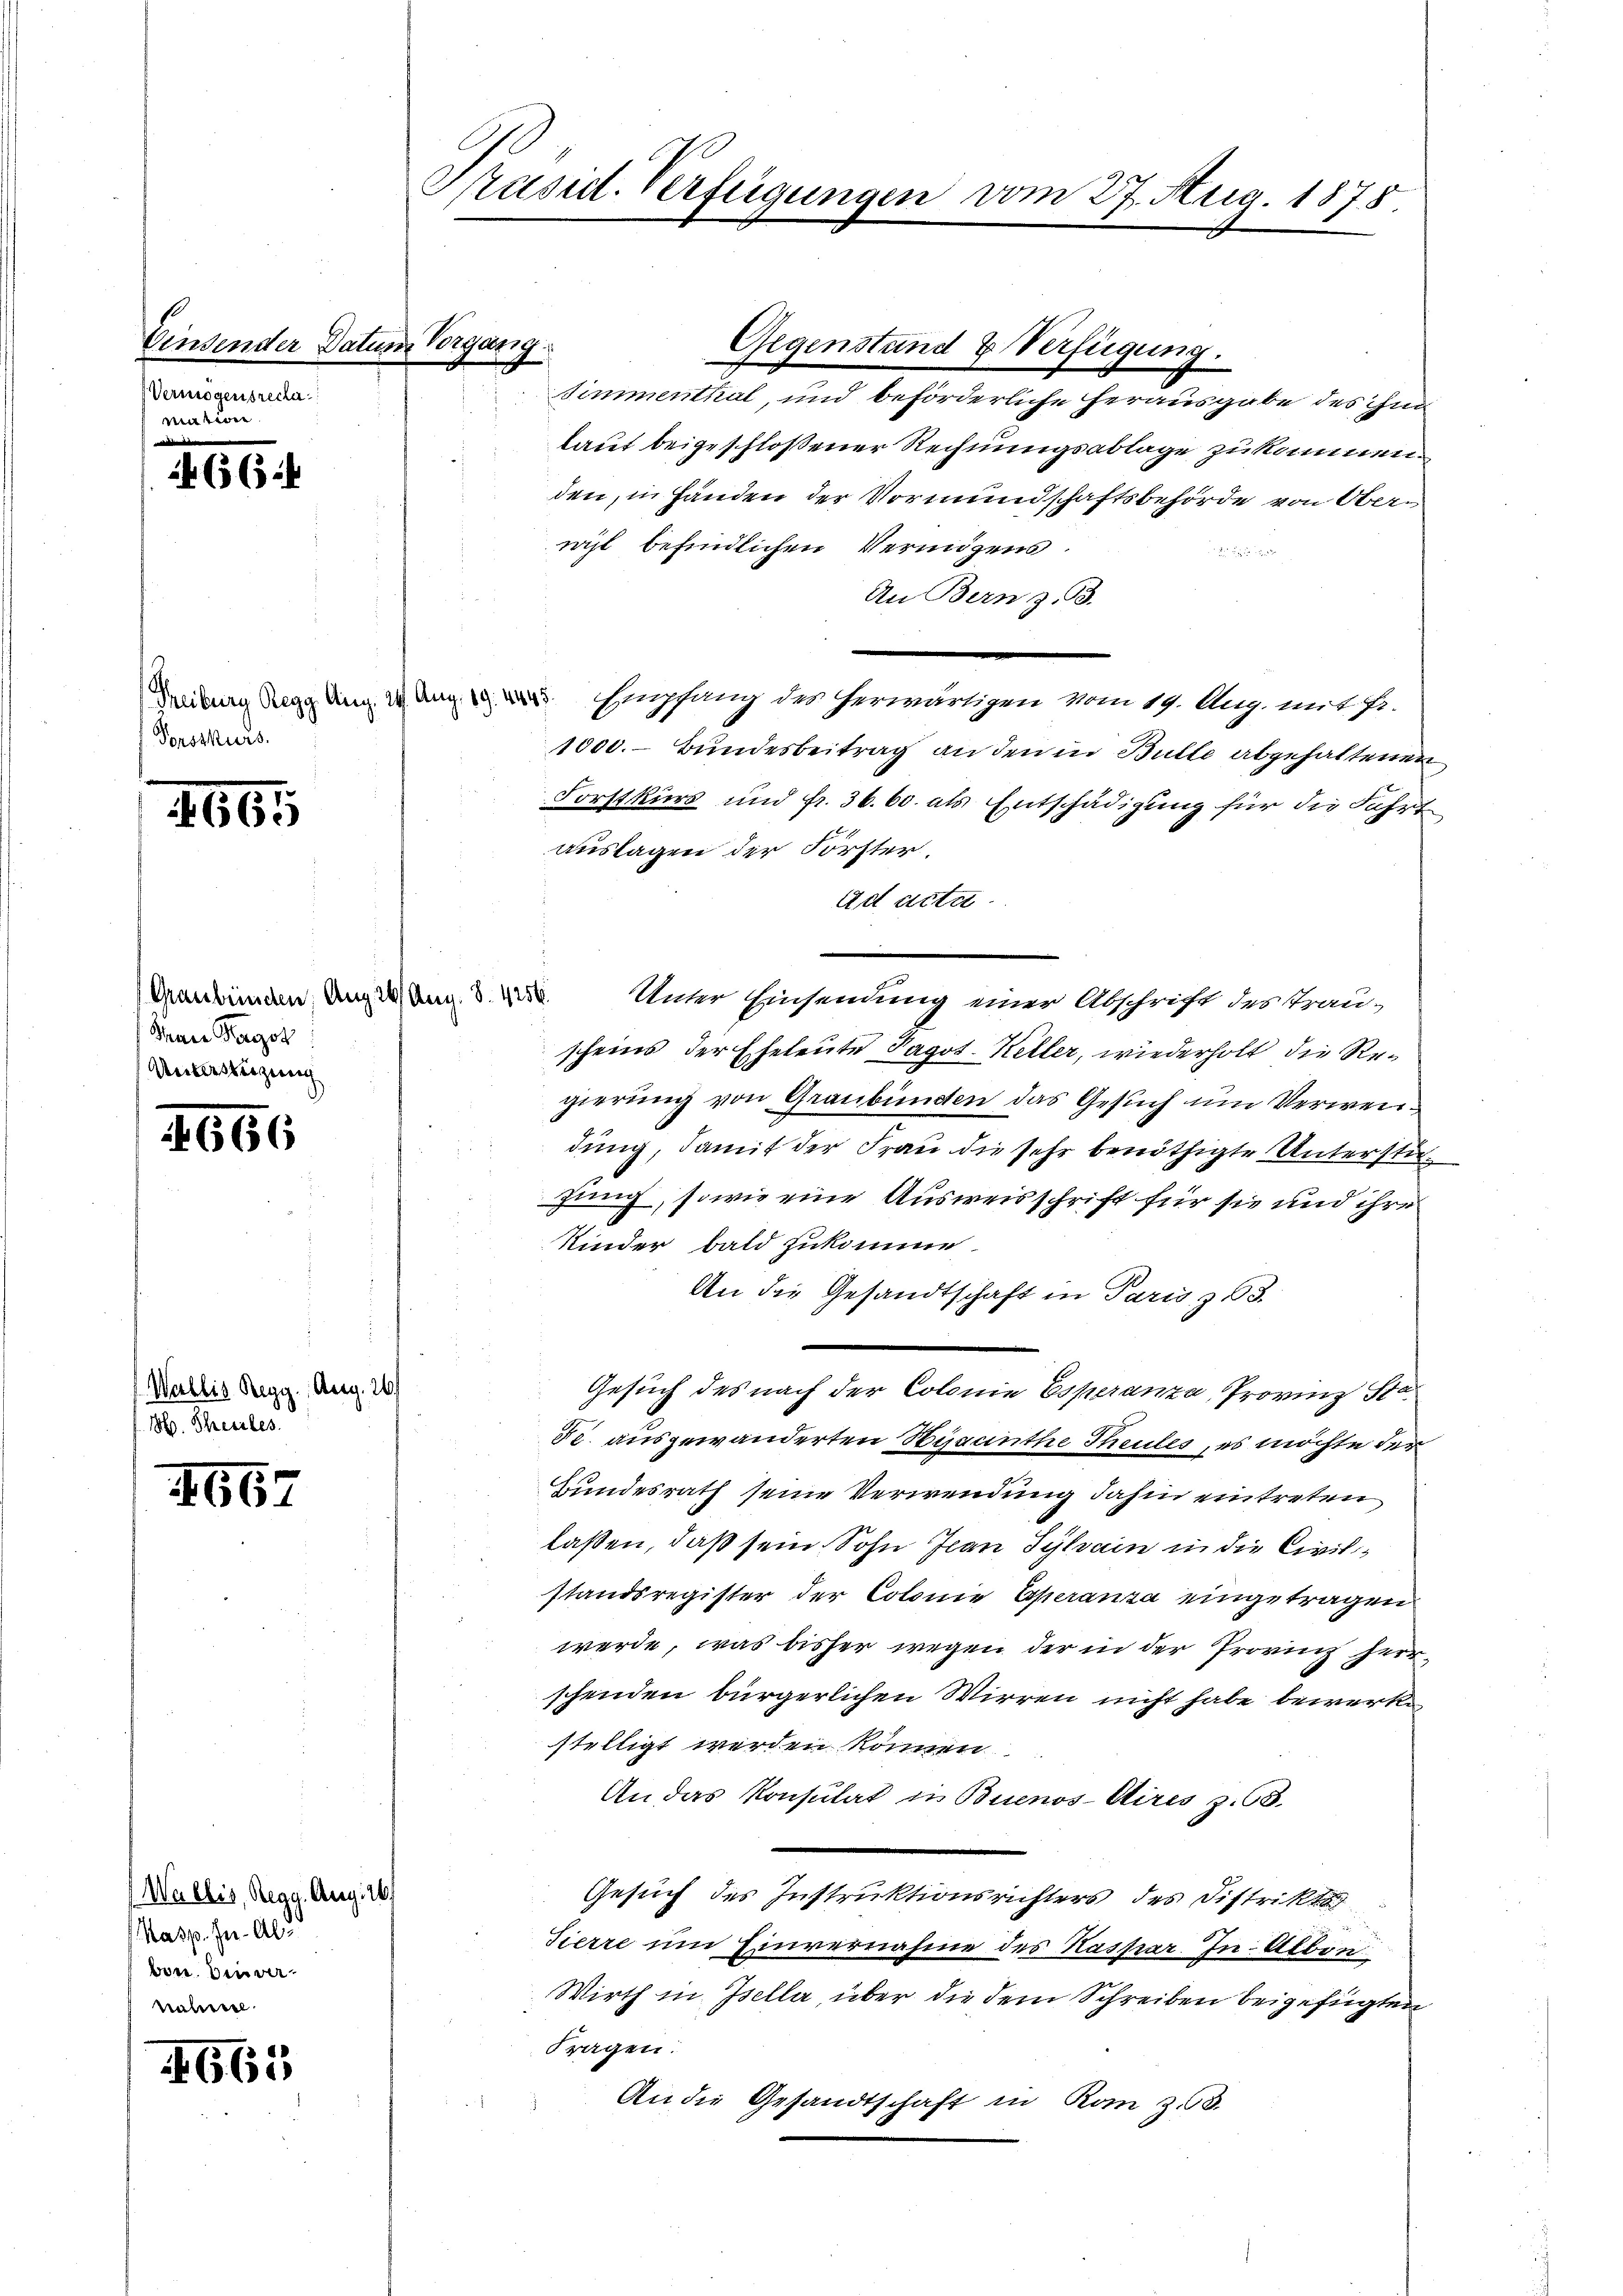
Einsender Datum Vorgang
Vermögensreclamation.

466.

Torsskurs.

665

Thann Magis
Unterstüzung

666

Wallis Regg. Aug. 26./
M. Theiles

4667

Wallis, Reaa. Aug. 26.
Kasp. I. Als
bon. Den vernrahiere

665

Präsid. Verfügungen vom 27. Aug. 1878.

Gegenstand & Verfügung.
Simmenthal, und beförderliche herausgabe des ihn
laut beigeschlossener Rechnungsablage zu kommen
den, in Händen der Vormundschaftsbehörde von Oberwihl befindlichen Vermögens.

An Bern z. B.
deutung Seggang in an Empfang des herwärtigen vom 19. Aug. mit Fr.
1000.- Bundesbeitrag an den in Bulle abgehaltenen
Forstkurs und fr. 36. 60. als Entschädigung für die Fahrt
auslagen der Förster.
ad acta
Graubünden Auge. Aug. 8. Unter Einsendung einer Abschrift des Trau-
scheins der Eheleute Pagot. Keller, wiederholt die Regierung von Graubünden das Gesuch um Verweidung, damit der Frau die sehr benöthigte Unterstüzung, sowie eine Ausweisschrift für sie und ihre
Kinder bald zukomme.
An die Gesandtschaft in Paris z 3.
e
Gesuch des nach der Colonie Esperanza, Provinz Sta
Fe. ausgewanderten Hygmuthe Theules, es möchte der
Bundesrath seine Verwendung dahin eintreten
laßen, daß sein Sohn Ivan Sylvain in die Civilstandsregister der Colonie Operanza eingetragen.
werde, was bisher wegen der in der Provinz herrschenden bürgerlichen Wirren nicht habe bewerke
stelligt werden können
An das Konsulat in Buenos-Aires z. 68.
Gesuch des Instruktionsrichters des Distrikt
Sierre um Einvernahme des Kaspar. In Alben
Wirth in Isella, über die dem Schreiben beigefügten
Fragen:
An die Gesandtschaft in Rom 30.